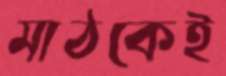
মাঠকেই